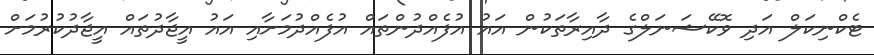
ޓެކްނިކަލް އަދި ވޮކޭޝަނަލްގެ ދާއިރާތަކުން އައު އުފެއްދުންތައް އުފެއްދުމަށާއި އައު އީޖާދުތައް އީޖާދުކުރުމަށް